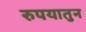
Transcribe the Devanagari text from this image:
रुपयातुन